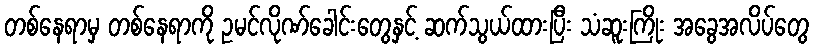
တစ်နေရာမှ တစ်နေရာကို ဥမင်လိုဏ်ခေါင်းတွေနှင့် ဆက်သွယ်ထားပြီး သံဆူးကြိုး အခွေအလိပ်တွေ